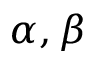
\alpha , \beta